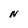
Character: N